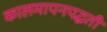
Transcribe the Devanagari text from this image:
कालमापनपद्धती